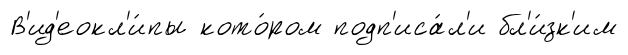
В'ид'еокл'и́пы кото́ром подп'иса́л'и бл'и́зк'им